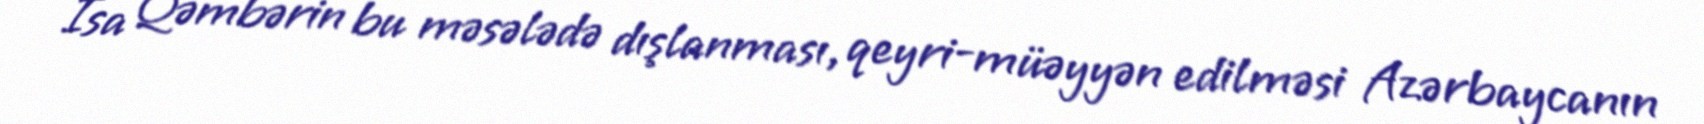
İsa Qəmbərin bu məsələdə dışlanması, qeyri-müəyyən edilməsi Azərbaycanın